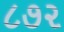
૮૭૨